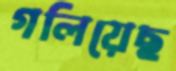
গলিয়েছ